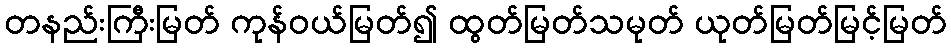
တနည်းကြီးမြတ် ကုန်ဝယ်မြတ်၍ ထွတ်မြတ်သမုတ် ယုတ်မြတ်မြင့်မြတ်